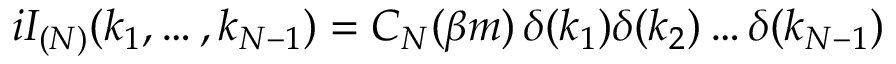
i I _ { ( N ) } ( k _ { 1 } , \dots , k _ { N - 1 } ) = C _ { N } ( \beta m ) \, \delta ( k _ { 1 } ) \delta ( k _ { 2 } ) \dots \delta ( k _ { N - 1 } )